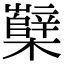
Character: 櫱